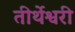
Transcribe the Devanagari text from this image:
तीर्थेश्वरी